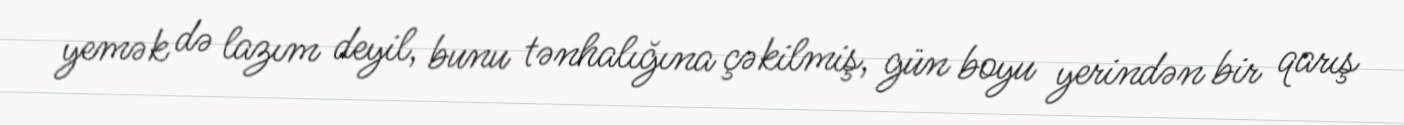
yemək də lazım deyil, bunu tənhalığına çəkilmiş, gün boyu yerindən bir qarış